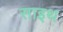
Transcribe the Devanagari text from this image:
साइथ